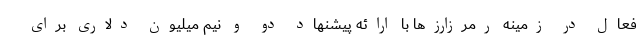
فعال در زمینه رمرزارزها با ارائه پیشنهاد دو و نیم میلیون‌ دلاری برای